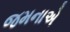
જમનાએ